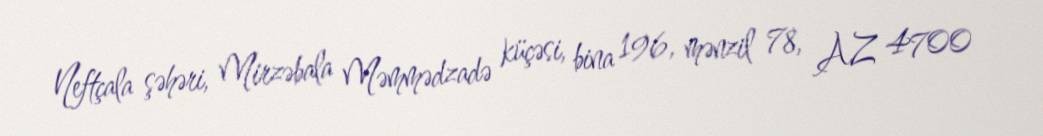
Neftçala şəhəri, Mirzəbala Məmmədzadə küçəsi, bina 196, mənzil 78, AZ 4700